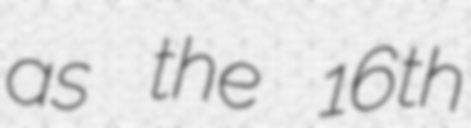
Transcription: as the 16th